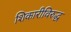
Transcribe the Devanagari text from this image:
शिकारीविरुद्ध